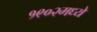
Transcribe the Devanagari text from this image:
१९०२मध्ये